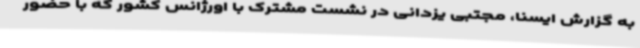
به گزارش ایسنا، مجتبی یزدانی در نشست مشترک با اورژانس کشور که با حضور